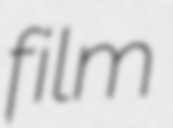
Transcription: film